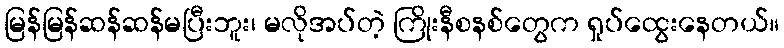
မြန်မြန်ဆန်ဆန်မပြီးဘူး၊ မလိုအပ်တဲ့ ကြိုးနီစနစ်တွေက ရှုပ်ထွေးနေတယ်။